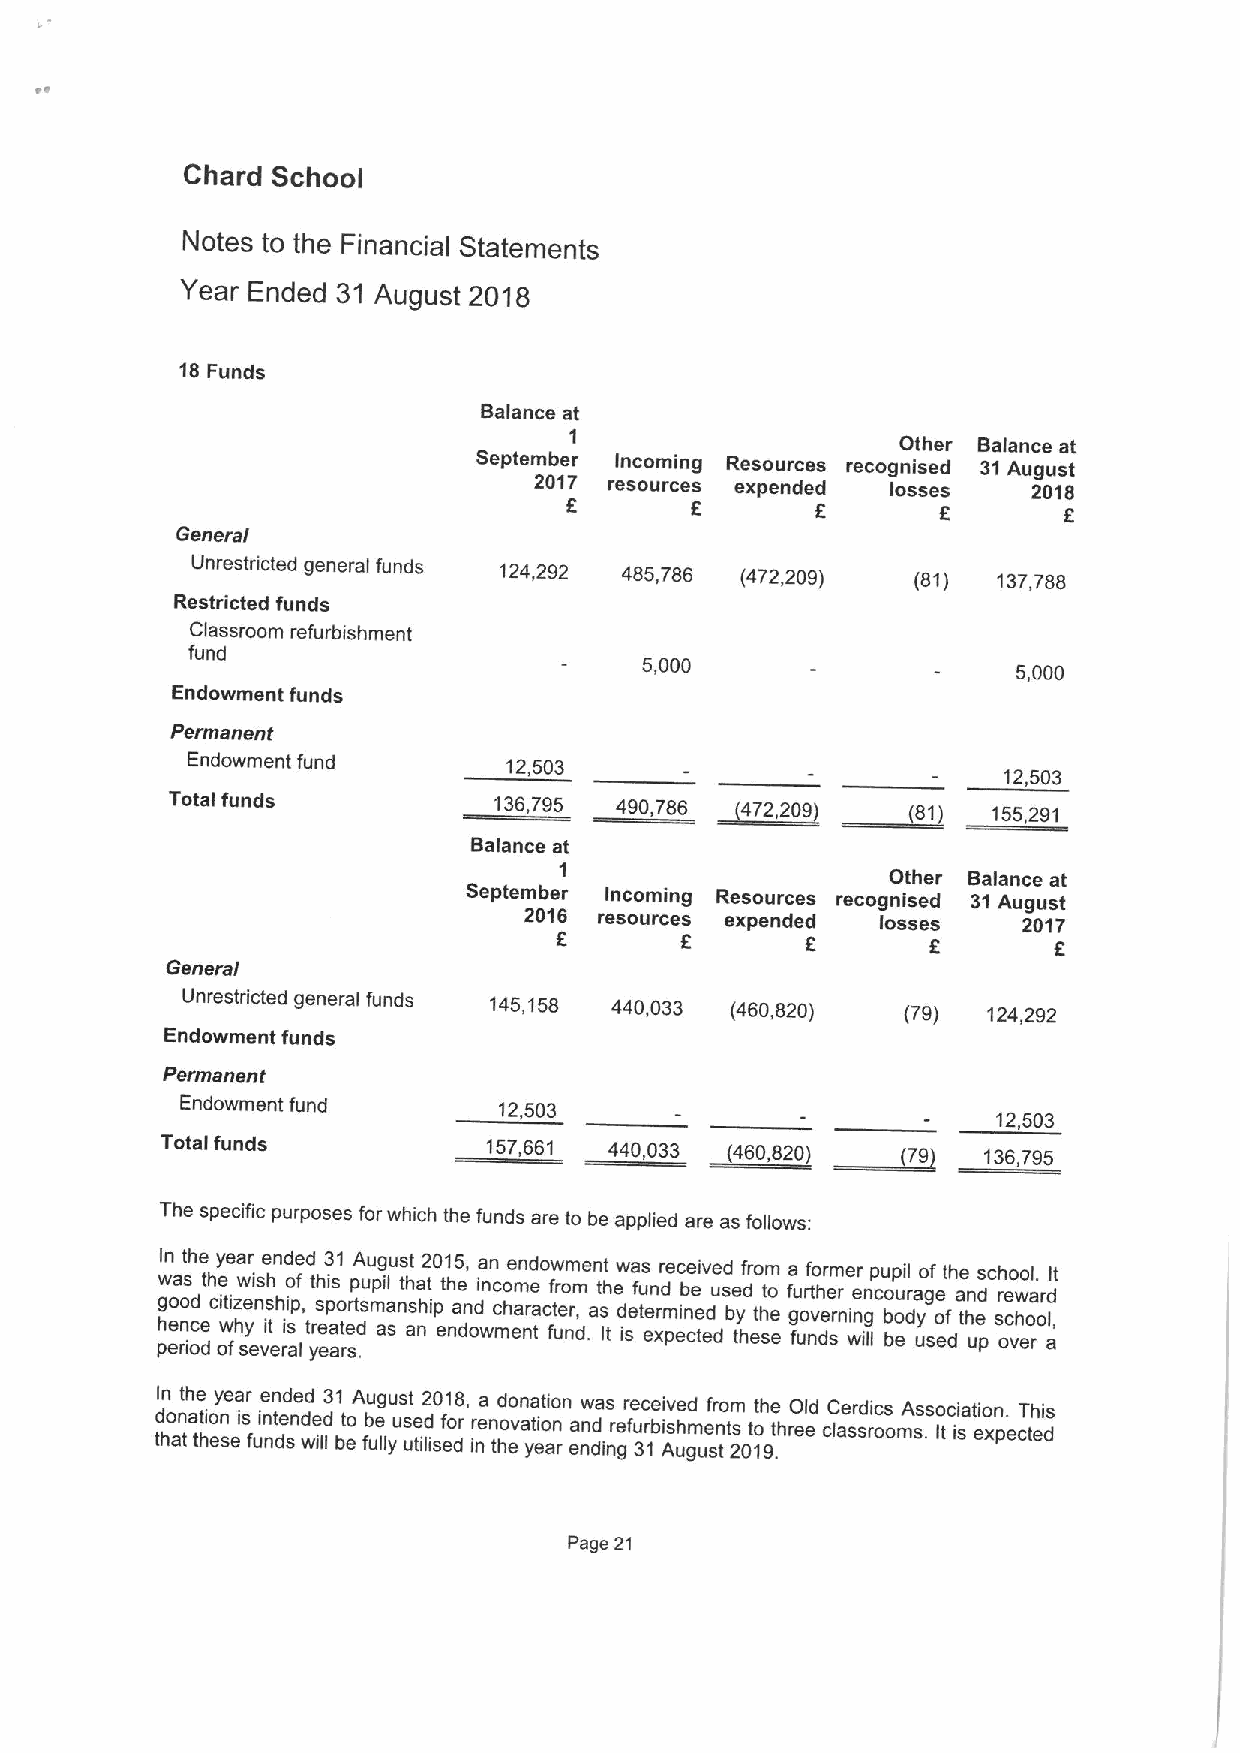
Chard School
 Notes to the Financial Statements
 Year Ended 31 August 2018
 18Funds
 Balance at
 1                     Other Balance at
 September Incoming Resources recognised 31August
 2017 resources expended losses   2018
 6        6               6
 General
 Unrestricted general funds 124,292 485,786 (472,209) (81) 137,788
 Restricted funds
 Classroom refurbishment
 fund
 5,000
 5,000
 Endowment funds
 Permanent
 Endowment fund        12,503
 ~81       12,503
 Total funds           136795 ,490.786 ~472,209
 155,291
 Balance at
 1
 Other Balance at
 September Incoming Resources recognised 31August
 2016 resources expended losses   2017
 6       F       6                f
 General
 Unrestricted general funds 145,158 440,033 (460,820) (79) 124,292
 Endowment funds
 Permanent
 Endowment fund       12503
 ~79        12,503
 Total funds          157.661 440,033 ~(460,820        136,795
 The specific purposes forwhich the funds are to be applied are as follows:
 pw g hIn eo ea rno ist ocdh dee th cy e oi wte fi hza w syer enis vshe
 i
 eh tn ripd aio
 s
 l,e fd
 t
 yt rh s
 e
 epi3
 a
 as o t1 rer st dp .A su mu pig a al nu ss stt hh aia np2 t0 et1 nh a d5 e n o, d wia nn mc co ehe nm an trd e ao cw t ff e urm ro n,me dn .at t s Ih tew d isea f tus e en r xmdr pe i ec nb ce ee ti d ev de ud s be tyd hfr eo t shm t eo e fa g fu uorf nvto h der e r sm r nie n wr e g in llp cu o b bp u o eil r da y ugo sef eo dt fh ae tn h ud e psch sr oceo vhwo eol a r. ord l, aIt
 tdI hn o an tt ah t te i ho eny se ea ir s fuie nnn dted sne dd we id ll31 bt eoA fbu ug e llu yust s ue tid2 lis0 ef1 do8 r, r inea n to hd v eo an t ya iot ei n ao rn ea nnw dda ins grer fe u 3c r 1be ii s Av he umd ge un sf ttr som 20t 1oth 9e t .hrO eeld cC lae sr sd ri oc os mA s.sso Ic ti ia sti eo xn p. ecT teh dis
 Page 21